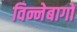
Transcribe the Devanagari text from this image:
विन्नेबागो